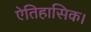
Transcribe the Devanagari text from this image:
ऐतिहासिक।